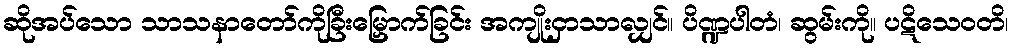
ဆိုအပ်သော သာသနာတော်ကိုခြီးမြှောက်ခြင်း အကျိုးငှာသာလျှင်။ ပိဏ္ဍပါတံ၊ ဆွမ်းကို။ ပဋိသေဝတိ၊